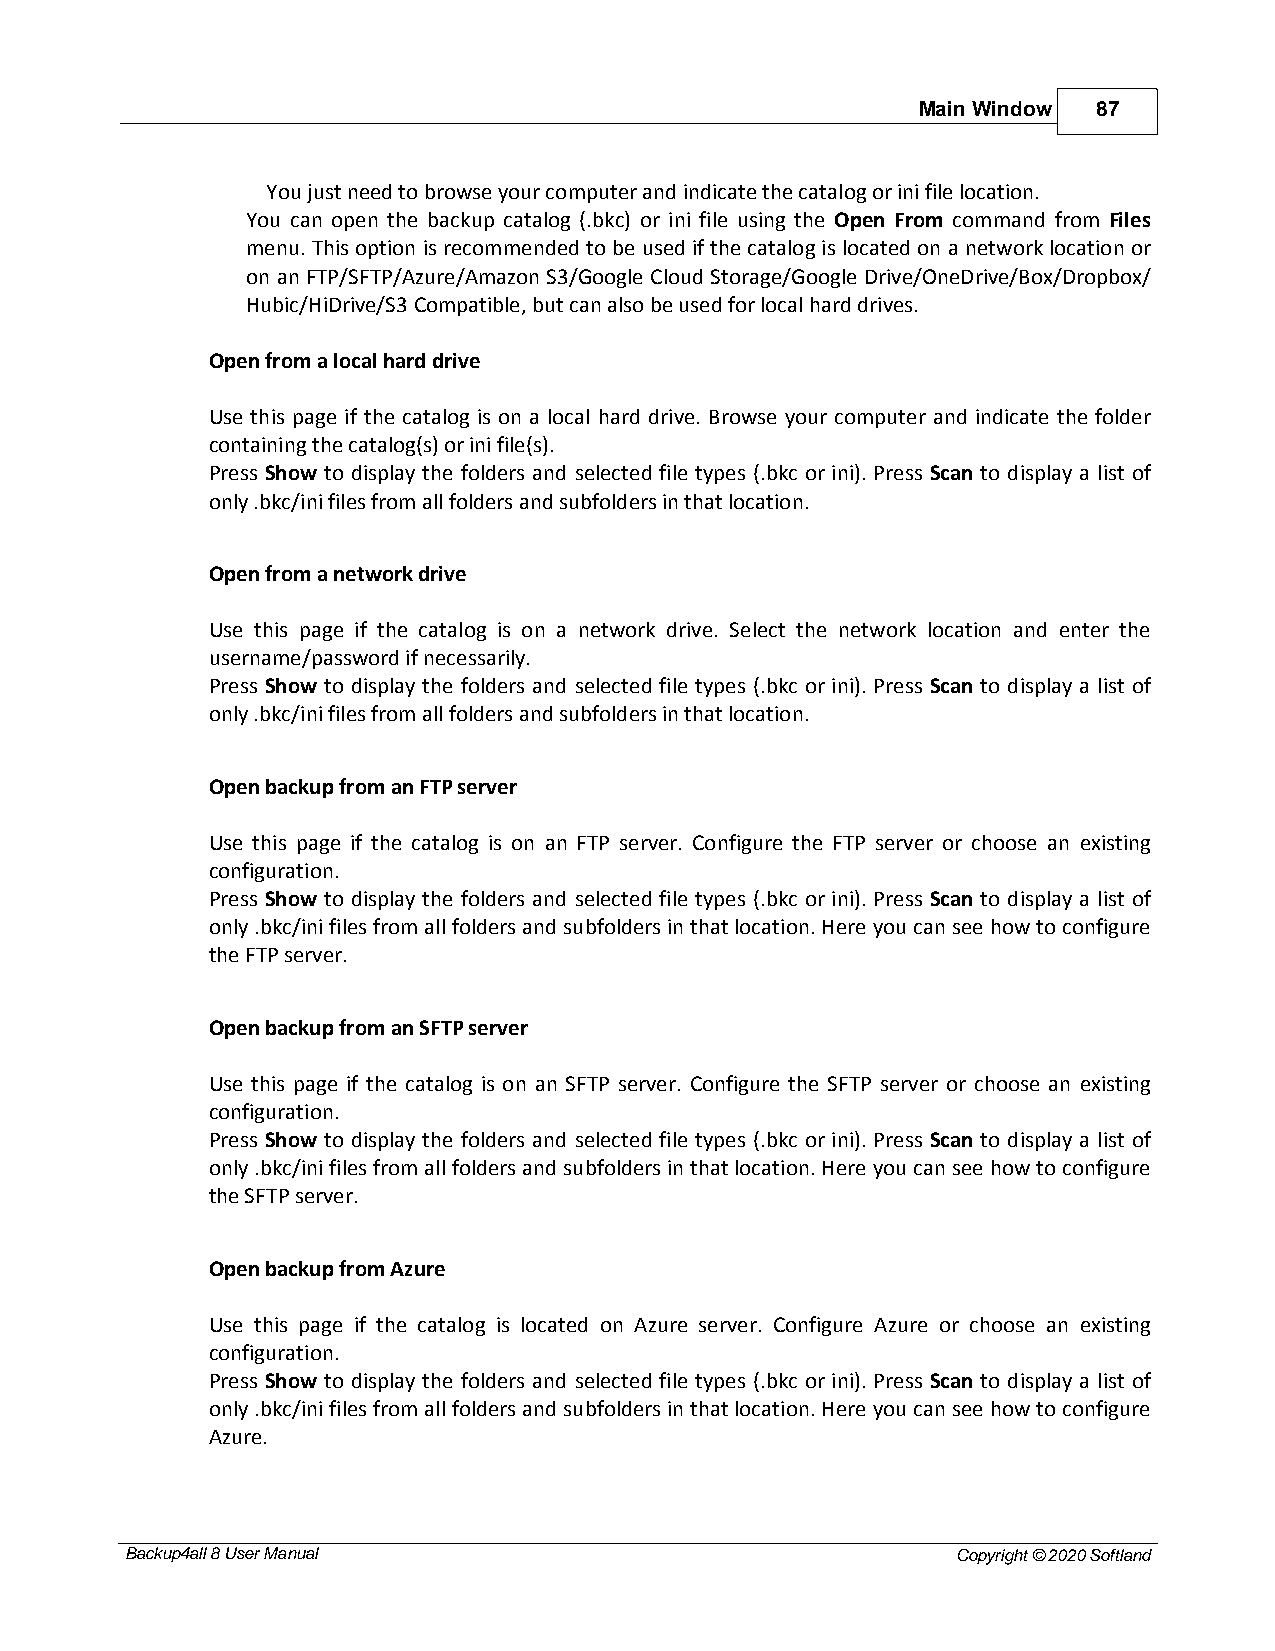
Main Window 87
 You just need to browse your computer and indicate the catalog or ini file location.
 You can open the backup catalog (.bkc) or ini file using the Open From command from Files
 menu. This option is recommended to be used if the catalog is located on a network location or
 on an FTP/SFTP/Azure/Amazon S3/Google Cloud Storage/Google Drive/OneDrive/Box/Dropbox/
 Hubic/HiDrive/S3 Compatible, but can also be used for local hard drives.
 Open from a local hard drive
 Use this page if the catalog is on a local hard drive. Browse your computer and indicate the folder
 containing the catalog(s) or ini file(s).
 Press Show to display the folders and selected file types (.bkc or ini). Press Scan to display a list of
 only .bkc/ini files from all folders and subfolders in that location.
 Open from a network drive
 Use this page if the catalog is on a network drive. Select the network location and enter the
 username/password if necessarily.
 Press Show to display the folders and selected file types (.bkc or ini). Press Scan to display a list of
 only .bkc/ini files from all folders and subfolders in that location.
 Open backup from an FTP server
 Use this page if the catalog is on an FTP server. Configure the FTP server or choose an existing
 configuration.
 Press Show to display the folders and selected file types (.bkc or ini). Press Scan to display a list of
 only .bkc/ini files from all folders and subfolders in that location. Here you can see how to configure
 the FTP server.
 Open backup from an SFTP server
 Use this page if the catalog is on an SFTP server. Configure the SFTP server or choose an existing
 configuration.
 Press Show to display the folders and selected file types (.bkc or ini). Press Scan to display a list of
 only .bkc/ini files from all folders and subfolders in that location. Here you can see how to configure
 the SFTP server.
 Open backup from Azure
 Use this page if the catalog is located on Azure server. Configure Azure or choose an existing
 configuration.
 Press Show to display the folders and selected file types (.bkc or ini). Press Scan to display a list of
 only .bkc/ini files from all folders and subfolders in that location. Here you can see how to configure
 Azure.
 Backup4all 8 User Manual                               Copyright © 2020 Softland